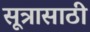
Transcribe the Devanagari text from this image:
सूत्रासाठी